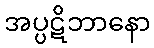
အပ္ပဋိဘာနော